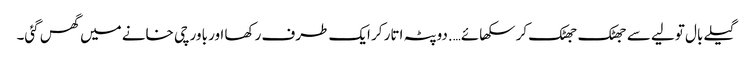
گیلے بال تولیے سے جھٹک جھٹک کر سکھائے….دوپٹہ اتار کر ایک طرف رکھا اور باورچی خانے میں گھس گئی۔